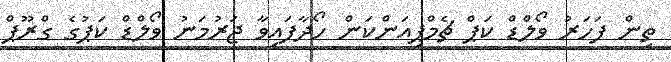
ތިން ފަހަރު ވޯލްޑް ކަޕް ޗެމްޕިއަންކަން ހޯދާފައިވާ ޖަރުމަނު ވޯލްޑް ކަޕުގެ ގްރޫޕް